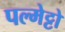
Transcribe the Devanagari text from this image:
पल्मेट्टो